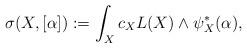
LaTeX: \begin{align*}\sigma (X,[\alpha]) : = \int_X c_X L(X)\wedge \psi_X^* (\alpha),\end{align*}